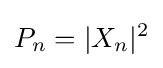
P_{n}=|X_{n}|^{2}